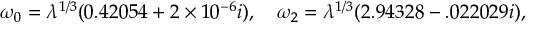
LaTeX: \omega _ { 0 } = \lambda ^ { 1 / 3 } ( 0 . 4 2 0 5 4 + 2 \times 1 0 ^ { - 6 } i ) , \quad \omega _ { 2 } = \lambda ^ { 1 / 3 } ( 2 . 9 4 3 2 8 - . 0 2 2 0 2 9 i ) ,